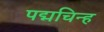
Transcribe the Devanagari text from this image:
पद्मचिन्ह